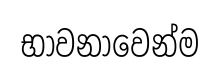
භාවනාවෙන්ම